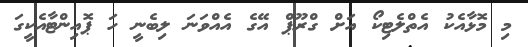
މި މޮޅާއެކު އެތްލެޓިކޯ އަށް ގްރޫޕް އޭގެ އެއްވަނަ ލިބެނީ ހަ ޕޮއިންޓާއެކީގަ